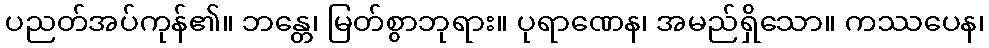
ပညတ်အပ်ကုန်၏။ ဘန္တေ၊ မြတ်စွာဘုရား။ ပုရာဏေန၊ အမည်ရှိသော။ ကဿပေန၊